system: You are a helpful assistant.
user:
Analyze the provided spectrum to determine if it is a **"Cataclysmic Variables (CV)"**.

- **Key Indicators for CV (Check for either state):**
    - **State 1: Quiescent / Low-State (Emission-Dominated)**
        - **(Primary):** Strong and *very broad* Hydrogen Balmer emission lines (e.g., $H\alpha$ at 6563 Å, $H\beta$ at 4861 Å). The 'broadness' (high velocity dispersion, often FWHM > 1000 km/s) is the key diagnostic, indicating a high-velocity accretion disk.
        - **(Secondary):** Broad neutral Helium (He I) emission lines (e.g., 5876 Å, 6678 Å).
        - **(Key Confirmation):** Presence of high-excitation *ionized* Helium (He II) emission at 4686 Å. This is a strong indicator of accretion onto a white dwarf.
        - **(Line Profile):** Emission lines may exhibit a 'double-peaked' profile, which is a classic signature of a rotating accretion disk viewed at high inclination.

    - **State 2: Outburst / High-State (Absorption-Dominated)**
        - **(Primary):** Spectrum is dominated by a bright, blue continuum (looks like a hot star).
        - **(Secondary):** The emission lines from State 1 are weak, absent, or 'filled in', and are replaced by broad, shallow *absorption* lines (primarily Balmer and He I).
        - **(Morphology):** The overall spectrum mimics a hot B/A-type star. The crucial difference is that the absorption lines are significantly broader, shallower, and more 'washed-out' (or 'smeared') than the sharp lines of a normal stellar photosphere, due to high rotational speeds and pressure broadening in the disk.

Think first, call **spectral_visualization_tool** if needed to examine features in detail, then provide your final answer. Your response must adhere to the following strict rules:
1.  **Overall Structure:** Your response must follow the format `<think>...</think> <tool_call>...</tool_call> (if a tool is used) <answer>...</answer>`.
2.  **Tool Usage Constraint:** You may only make **one** tool call per turn.
3.  **Final Answer Format:** In the `<answer>` tag, your conclusion must be inside a `\boxed{}` command (e.g., `\boxed{YES}`), followed by your justification.

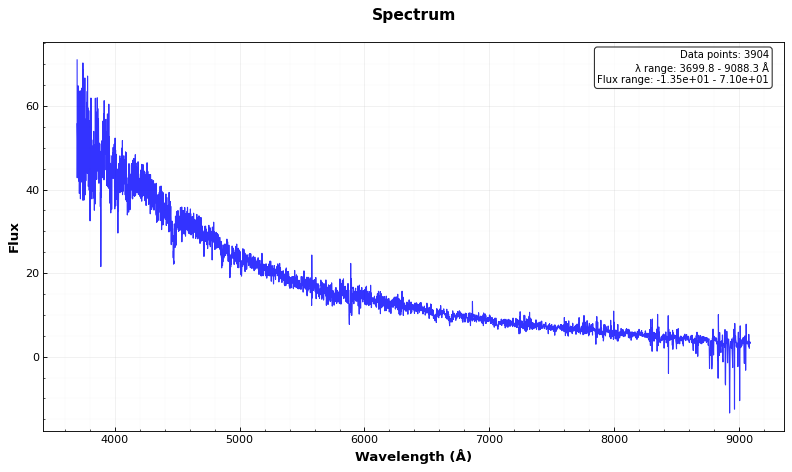
Answer: NO